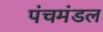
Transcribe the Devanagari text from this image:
पंचमंडल